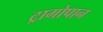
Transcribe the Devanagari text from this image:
ट्रागोपान